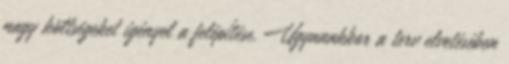
nagy költségeket igényel a felépítése. Ugyanakkor a terv elvetésében